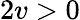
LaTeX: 2v>0